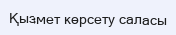
Қызмет көрсету саласы